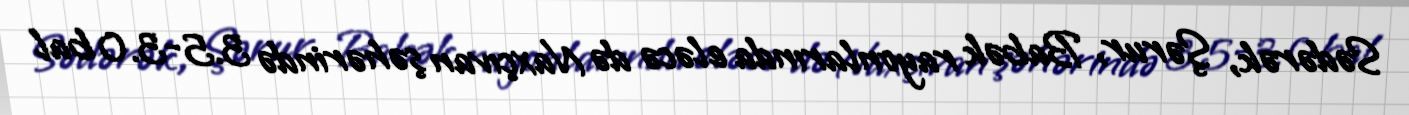
Sədərək, Şərur, Babək rayonlarında eləcə də Naxçıvan şəhərində 3.5-3.0 bal